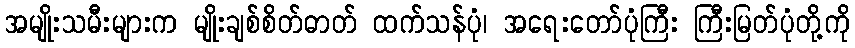
အမျိုးသမီးများက မျိုးချစ်စိတ်ဓာတ် ထက်သန်ပုံ၊ အရေးတော်ပုံကြီး ကြီးမြတ်ပုံတို့ကို